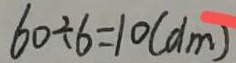
6 0 \div 6 = 1 0 ( d m )